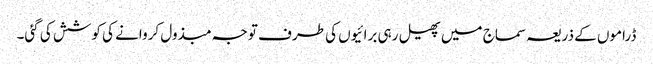
ڈراموں کے ذریعہ سماج میں پھیل رہی برائیوں کی طرف توجہ مبذول کروانے کی کوشش کی گئی۔